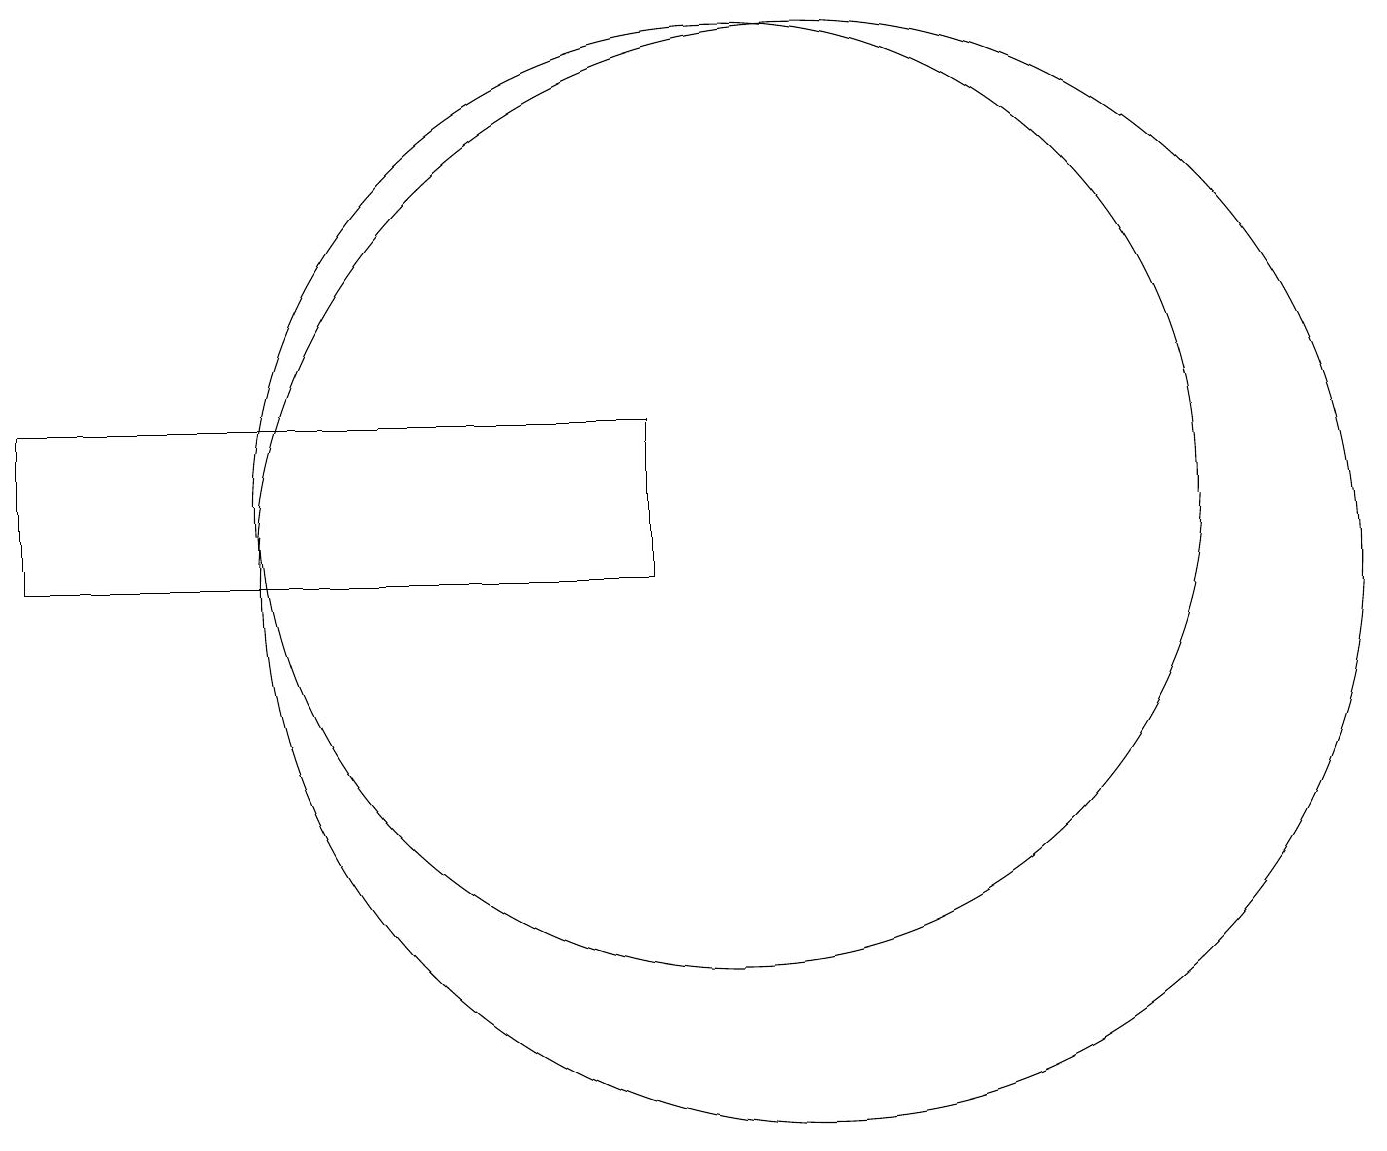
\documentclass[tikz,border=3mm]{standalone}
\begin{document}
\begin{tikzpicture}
\draw (11,10) circle (7);
\draw (10,11) circle (6);
\draw (1,10) rectangle (9,12);
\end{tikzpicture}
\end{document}